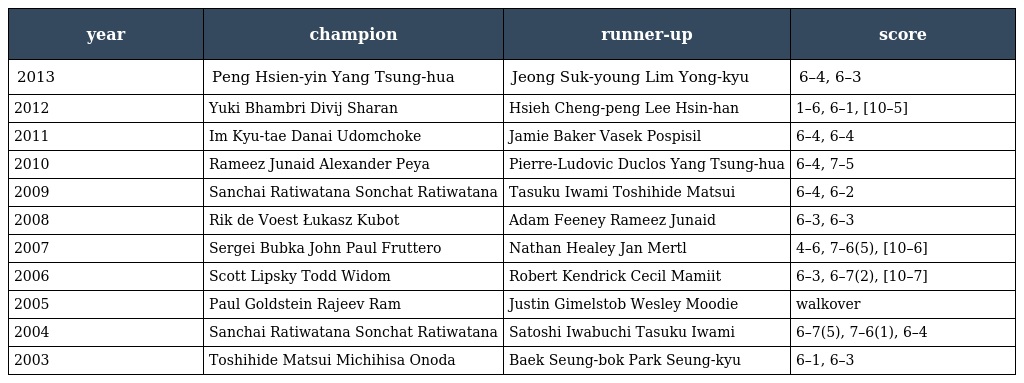
| year | champion | runner-up | score |
 | --- | --- | --- | --- |
 | 2013 | Peng Hsien-yin Yang Tsung-hua | Jeong Suk-young Lim Yong-kyu | 6–4, 6–3 |
 | 2012 | Yuki Bhambri Divij Sharan | Hsieh Cheng-peng Lee Hsin-han | 1–6, 6–1, [10–5] |
 | 2011 | Im Kyu-tae Danai Udomchoke | Jamie Baker Vasek Pospisil | 6–4, 6–4 |
 | 2010 | Rameez Junaid Alexander Peya | Pierre-Ludovic Duclos Yang Tsung-hua | 6–4, 7–5 |
 | 2009 | Sanchai Ratiwatana Sonchat Ratiwatana | Tasuku Iwami Toshihide Matsui | 6–4, 6–2 |
 | 2008 | Rik de Voest Łukasz Kubot | Adam Feeney Rameez Junaid | 6–3, 6–3 |
 | 2007 | Sergei Bubka John Paul Fruttero | Nathan Healey Jan Mertl | 4–6, 7–6(5), [10–6] |
 | 2006 | Scott Lipsky Todd Widom | Robert Kendrick Cecil Mamiit | 6–3, 6–7(2), [10–7] |
 | 2005 | Paul Goldstein Rajeev Ram | Justin Gimelstob Wesley Moodie | walkover |
 | 2004 | Sanchai Ratiwatana Sonchat Ratiwatana | Satoshi Iwabuchi Tasuku Iwami | 6–7(5), 7–6(1), 6–4 |
 | 2003 | Toshihide Matsui Michihisa Onoda | Baek Seung-bok Park Seung-kyu | 6–1, 6–3 |